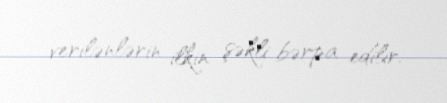
verilənlərin ilkin şəkli bərpa edilir.